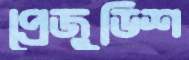
প্রেজুডিশ